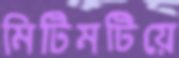
মিটিমটিয়ে